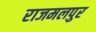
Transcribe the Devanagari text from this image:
राजमलपुर